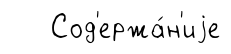
Сод'ержа́н'иjе